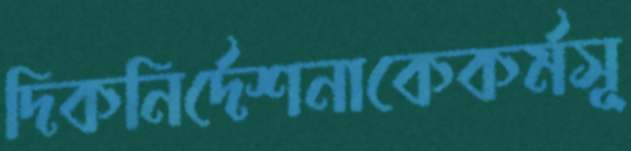
দিকনির্দেশনাকেকর্মসূ